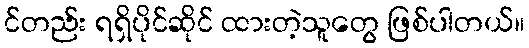
င်တည်း ရရှိပိုင်ဆိုင် ထားတဲ့သူတွေ ဖြစ်ပါတယ်။